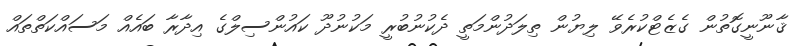
ޤާނޫނީގޮތުން ގެޒެޓްކުރެވޭ ލިޔުން ތިލަދުންމަތީ ދެކުނުބުރީ މަކުނުދޫ ކައުންސިލްގެ އިދާރާ ބައެއް މަސައްކަތްތައް